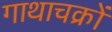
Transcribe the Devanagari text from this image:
गाथाचक्रों